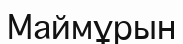
Маймұрын